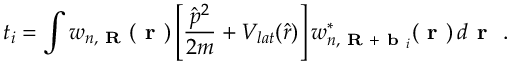
t _ { i } = \int w _ { n , \textbf { R } } ( \textbf { r } ) \left[ \frac { \hat { p } ^ { 2 } } { 2 m } + V _ { l a t } ( \hat { r } ) \right] w _ { n , \textbf { R } + \textbf { b } _ { i } } ^ { * } ( \textbf { r } ) \, d \textbf { r } ~ .